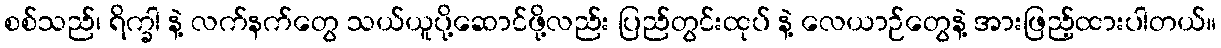
စစ်သည်၊ ရိက္ခါ နဲ့ လက်နက်တွေ သယ်ယူပို့ဆောင်ဖို့လည်း ပြည်တွင်းထုပ် နဲ့ လေယာဉ်တွေနဲ့ အားဖြည့်ထားပါတယ်။